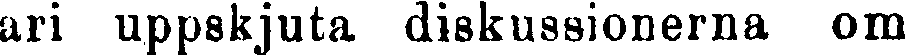
ari uppskjuta diskussionerna om